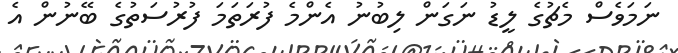
ނަމަވެސް މެޗުގެ ލީޑު ނަގަން ލިބުނު އެންމެ ފުރަތަމަ ފުރުސަތުގެ ބޭނުން އެ